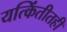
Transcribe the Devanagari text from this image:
यत्किंतीतही